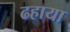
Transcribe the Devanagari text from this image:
ढहाया